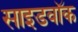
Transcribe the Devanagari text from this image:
साइडवॉक